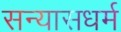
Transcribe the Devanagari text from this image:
सन्यासधर्म